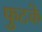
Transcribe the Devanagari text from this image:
फुटके